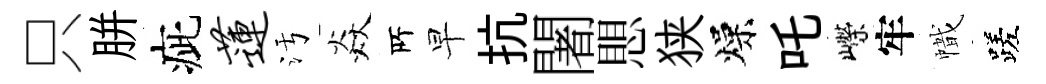
只胼疵莲污焱𠩄早抗闍愳狭燥吒嶸牢幟蹉